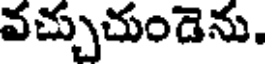
వచ్చుచుండెను.